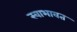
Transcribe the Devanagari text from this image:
स्वाभावत